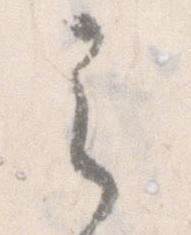
之